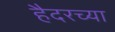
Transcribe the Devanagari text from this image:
हैदरच्या